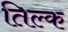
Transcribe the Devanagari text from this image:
तिल्क